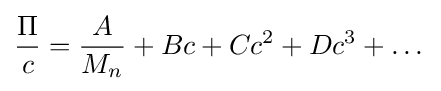
{\Pi  \over c}={A \over M_{n}}+Bc+Cc^{2}+Dc^{3}+\dots